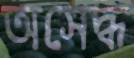
অসেদ্ধ